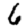
Digit: 6